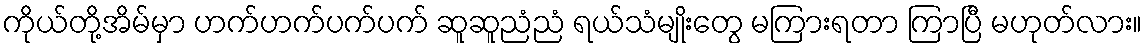
ကိုယ်တို့အိမ်မှာ ဟက်ဟက်ပက်ပက် ဆူဆူညံညံ ရယ်သံမျိုးတွေ မကြားရတာ ကြာပြီ မဟုတ်လား။